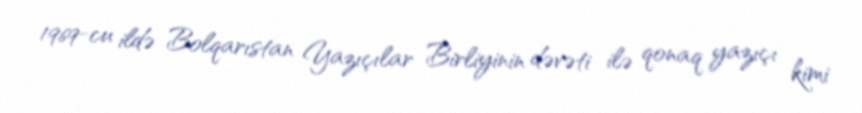
1969-cu ildə Bolqarıstan Yazıçılar Birliyinin dəvəti ilə qonaq yazıçı kimi